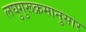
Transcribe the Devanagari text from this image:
लघुगुरूक्रमानुसार